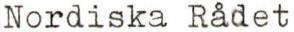
Nordiska Rådet